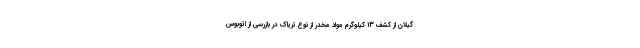
گیلان از کشف ۱۳ کیلوگرم مواد مخدر از نوع تریاک در بازرسی از اتوبوس